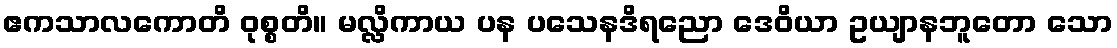
ဧကသာလကောတိ ဝုစ္စတိ။ မလ္လိကာယ ပန ပသေနဒိရညော ဒေဝိယာ ဥယျာနဘူတော သော